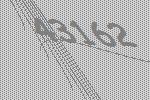
43162